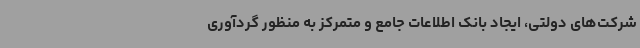
شرکت‌های دولتی، ایجاد بانک اطلاعات جامع و متمرکز به منظور گردآوری